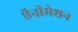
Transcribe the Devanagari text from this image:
ऍनीमेशन